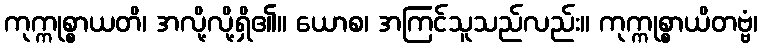
ကုက္ကုစ္စာယတိ၊ အလို့လို့ရှိ၏။ ယောစ၊ အကြင်သူသည်လည်း။ ကုက္ကုစ္စာယိတဗ္ဗံ၊